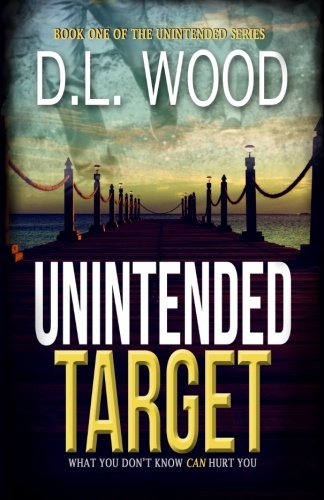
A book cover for Unintended Target (The Unintended Series) (Volume 1); D.L. Wood; Christian Books & Bibles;